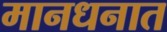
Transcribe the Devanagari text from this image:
मानधनात